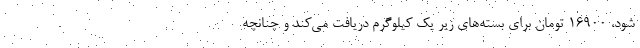
شود، ۱۶۹۰۰ تومان برای بسته‌های زیر یک کیلوگرم دریافت می‌کند و چنانچه